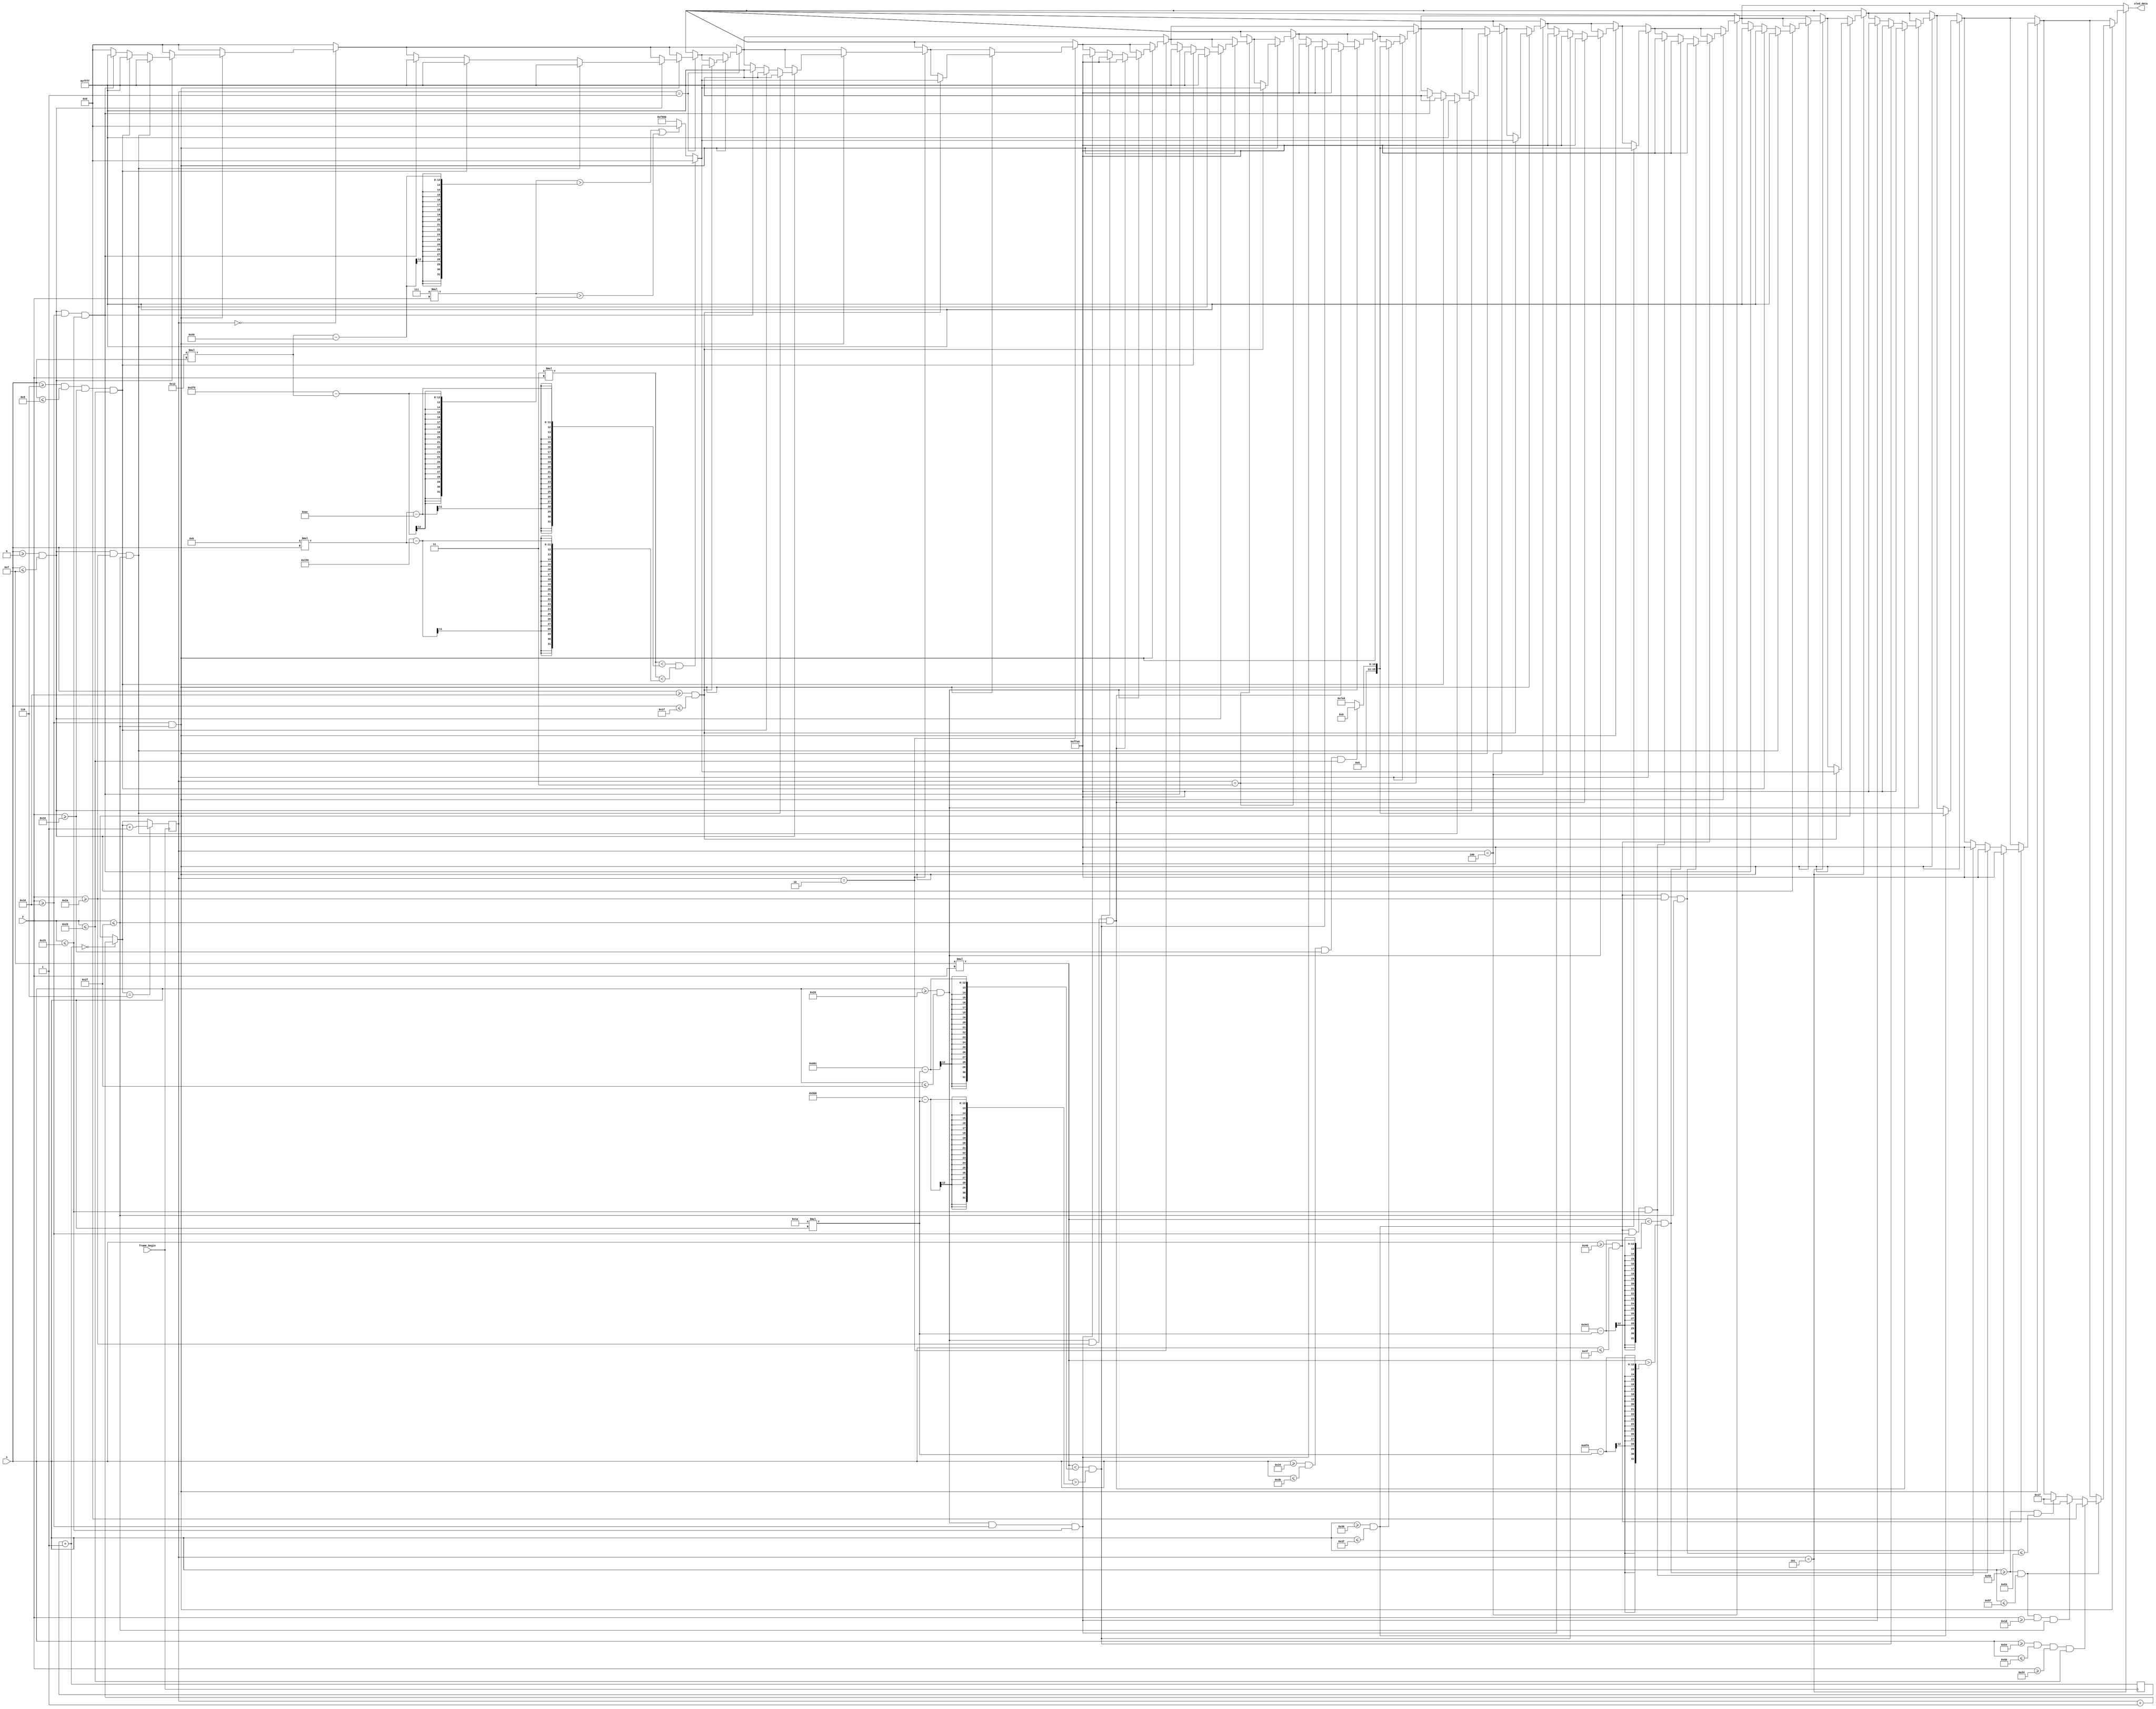
`timescale 1ns / 1ps
//////////////////////////////////////////////////////////////////////////////////
// Company: 
// Engineer: 
// 
// Design Name: 
// Module Name: frame_display
// Project Name: 
// Target Devices: 
// Tool Versions: 
// Description: 
// 
// Dependencies: 
// 
// Revision:
// Revision 0.01 - File Created
// Additional Comments:
// 
//////////////////////////////////////////////////////////////////////////////////


module frame_display(
    input frame_begin,
    input [6:0] x,
    input [5:0] y,
    output reg [15:0] oled_data
    );
    
    
    parameter [15:0] black_color = 16'h0000;
    parameter [15:0] white_color = 16'hFFFF;
    parameter [15:0] red_color = 16'hF800;
    parameter [15:0] green_color = 16'h07E0;
    parameter [15:0] blue_color = 16'h001F;
    parameter [15:0] yellow_color = 16'hFFE0;
    reg [6:0] counter = 0;
    reg [2:0] frames = 0;
    always @ (posedge frame_begin) begin
        counter = counter + 1;
        if (counter == 0) begin  
            frames = frames + 1;
        end
        if (frames == 6) begin
            frames = frames + 1;
        end
    end
    
    always @ (frames) begin
        oled_data = black_color;
        if (frames == 0) begin // I
            if (y >= 16 && y <=47)begin
                if (x >= 0 && x <= 15) begin            
                    if (x >= 0 && x <= 15 && y >= 16 && y <= 21)  begin
                        oled_data = white_color;
                    end
                    if (x >= 6 && x <= 9 && y >= 22 && y <= 41)  begin
                        oled_data = white_color;
                    end
                    if (x >= 0 && x <= 15 && y >= 42 && y <= 47)  begin
                        oled_data = white_color;
                    end              
                end
            end
        end
        
        if (frames == 1) begin
            if (y >= 16 && y <=47) begin // I
                if (x >= 0 && x <= 15) begin      
                    if (x >= 0 && x <= 15 && y >= 16 && y <= 21)  begin
                        oled_data = white_color;
                    end
                    if (x >= 6 && x <= 9 && y >= 22 && y <= 41)  begin
                        oled_data = white_color;
                    end
                    if (x >= 0 && x <= 15 && y >= 42 && y <= 47)  begin
                        oled_data = white_color;
                    end               
                end
            end
            if (y >= 16 && y <=47)begin // heart
                if (x >= 16 && x <= 31) begin
                    oled_data = red_color;
                    if ((7 * y > 18 * x - 85) || (7 * y > 761 - 18 * x)) begin
                        oled_data = black_color;
                    end
                    if ((3 * y < 11 * x - 172) && (3 * y < 345 - 11 * x)) begin
                        oled_data = black_color;
                    end
//                    if ((3 * y < 143 - 5 * x) || (3 * y < 5 * x - 92)) begin //68
//                        oled_data = black_color;
//                    end               
                end
            end
        end
        if (frames == 2) begin
            if (y >= 16 && y <=47) begin // I
                if (x >= 0 && x <= 15) begin      
                    if (x >= 0 && x <= 15 && y >= 16 && y <= 21)  begin
                        oled_data = white_color;
                    end
                    if (x >= 6 && x <= 9 && y >= 22 && y <= 41)  begin
                        oled_data = white_color;
                    end
                    if (x >= 0 && x <= 15 && y >= 42 && y <= 47)  begin
                        oled_data = white_color;
                    end               
                end
            end
            if (y >= 16 && y <=47)begin // heart
                if (x >= 16 && x <= 31) begin
                    oled_data = red_color;
                    if ((7 * y > 18 * x - 85) || (7 * y > 761 - 18 * x)) begin
                        oled_data = black_color;
                    end
                    if ((3 * y < 11 * x - 172) && (3 * y < 345 - 11 * x)) begin
                        oled_data = black_color;
                    end            
                end
            end
            if (y >= 16 && y <=47) begin // 2
                if (x >= 32 && x <= 47) begin      
                    if (x >= 32 && x <= 47 && y >= 16 && y <= 21)  begin
                        oled_data = yellow_color;
                    end
                    if ((15 * y < 1537 - 26 * x) && (15 * y > 1462 - 26 * x)) begin
                        oled_data = yellow_color;
                    end
                    if (x >= 32 && x <= 47 && y >= 42 && y <= 47)  begin
                        oled_data = yellow_color;
                    end               
                end
            end            
        end
        
        if (frames == 3) begin
            if (y >= 16 && y <=47) begin // I
                if (x >= 0 && x <= 15) begin      
                    if (x >= 0 && x <= 15 && y >= 16 && y <= 21)  begin
                        oled_data = white_color;
                    end
                    if (x >= 6 && x <= 9 && y >= 22 && y <= 41)  begin
                        oled_data = white_color;
                    end
                    if (x >= 0 && x <= 15 && y >= 42 && y <= 47)  begin
                        oled_data = white_color;
                    end               
                end
            end
            if (y >= 16 && y <=47)begin // heart
                if (x >= 16 && x <= 31) begin
                    oled_data = red_color;
                    if ((7 * y > 18 * x - 85) || (7 * y > 761 - 18 * x)) begin
                        oled_data = black_color;
                    end
                    if ((3 * y < 11 * x - 172) && (3 * y < 345 - 11 * x)) begin
                        oled_data = black_color;
                    end              
                end
            end
            if (y >= 16 && y <=47) begin // 2
                if (x >= 32 && x <= 47) begin      
                    if (x >= 32 && x <= 47 && y >= 16 && y <= 21)  begin
                        oled_data = yellow_color;
                    end
                    if ((15 * y < 1537 - 26 * x) && (15 * y > 1462 - 26 * x)) begin
                        oled_data = yellow_color;
                    end
                    if (x >= 32 && x <= 47 && y >= 42 && y <= 47)  begin
                        oled_data = yellow_color;
                    end               
                end
            end 
            if (y >= 16 && y <=47) begin // 0
                if (x >= 48 && x <= 63) begin
                    oled_data = green_color;   
                    if (x >= 52 && x <= 59 && y >= 22 && y <= 41)  begin
                        oled_data = black_color;
                    end              
                end
            end                        
        end
        
        if (frames == 4) begin
            if (y >= 16 && y <=47) begin // I
                if (x >= 0 && x <= 15) begin      
                    if (x >= 0 && x <= 15 && y >= 16 && y <= 21)  begin
                        oled_data = white_color;
                    end
                    if (x >= 6 && x <= 9 && y >= 22 && y <= 41)  begin
                        oled_data = white_color;
                    end
                    if (x >= 0 && x <= 15 && y >= 42 && y <= 47)  begin
                        oled_data = white_color;
                    end               
                end
            end
            if (y >= 16 && y <=47)begin // heart
                if (x >= 16 && x <= 31) begin
                    oled_data = red_color;
                    if ((7 * y > 18 * x - 85) || (7 * y > 761 - 18 * x)) begin
                        oled_data = black_color;
                    end
                    if ((3 * y < 11 * x - 172) && (3 * y < 345 - 11 * x)) begin
                        oled_data = black_color;
                    end              
                end
            end
            if (y >= 16 && y <=47) begin // 2
                if (x >= 32 && x <= 47) begin      
                    if (x >= 32 && x <= 47 && y >= 16 && y <= 21)  begin
                        oled_data = yellow_color;
                    end
                    if ((15 * y < 1537 - 26 * x) && (15 * y > 1462 - 26 * x)) begin
                        oled_data = yellow_color;
                    end
                    if (x >= 32 && x <= 47 && y >= 42 && y <= 47)  begin
                        oled_data = yellow_color;
                    end               
                end
            end 
            if (y >= 16 && y <=47) begin // 0
                if (x >= 48 && x <= 63) begin
                    oled_data = green_color;   
                    if (x >= 52 && x <= 59 && y >= 22 && y <= 41)  begin
                        oled_data = black_color;
                    end              
                end
            end
            if (y >= 16 && y <=47) begin // 2
                if (x >= 64 && x <= 79) begin      
                    if (x >= 64 && x <= 79 && y >= 16 && y <= 21)  begin
                        oled_data = yellow_color;
                    end
                    if ((15 * y < 2369 - 26 * x) && (15 * y > 2294 - 26 * x)) begin
                        oled_data = yellow_color;
                    end
                    if (x >= 64 && x <= 79 && y >= 42 && y <= 47)  begin
                        oled_data = yellow_color;
                    end               
                end
            end                               
        end

        if (frames == 5) begin
            if (y >= 16 && y <=47) begin // I
                if (x >= 0 && x <= 15) begin      
                    if (x >= 0 && x <= 15 && y >= 16 && y <= 21)  begin
                        oled_data = white_color;
                    end
                    if (x >= 6 && x <= 9 && y >= 22 && y <= 41)  begin
                        oled_data = white_color;
                    end
                    if (x >= 0 && x <= 15 && y >= 42 && y <= 47)  begin
                        oled_data = white_color;
                    end               
                end
            end
            if (y >= 16 && y <=47)begin // heart
                if (x >= 16 && x <= 31) begin
                    oled_data = red_color;
                    if ((7 * y > 18 * x - 85) || (7 * y > 761 - 18 * x)) begin
                        oled_data = black_color;
                    end
                    if ((3 * y < 11 * x - 172) && (3 * y < 345 - 11 * x)) begin
                        oled_data = black_color;
                    end               
                end
            end
            if (y >= 16 && y <=47) begin // 2
                if (x >= 32 && x <= 47) begin      
                    if (x >= 32 && x <= 47 && y >= 16 && y <= 21)  begin
                        oled_data = yellow_color;
                    end
                    if ((15 * y < 1537 - 26 * x) && (15 * y > 1462 - 26 * x)) begin
                        oled_data = yellow_color;
                    end
                    if (x >= 32 && x <= 47 && y >= 42 && y <= 47)  begin
                        oled_data = yellow_color;
                    end               
                end
            end 
            if (y >= 16 && y <=47) begin // 0
                if (x >= 48 && x <= 63) begin
                    oled_data = green_color;   
                    if (x >= 52 && x <= 59 && y >= 22 && y <= 41)  begin
                        oled_data = black_color;
                    end              
                end
            end
            if (y >= 16 && y <=47) begin // 2
                if (x >= 64 && x <= 79) begin      
                    if (x >= 64 && x <= 79 && y >= 16 && y <= 21)  begin
                        oled_data = yellow_color;
                    end
                    if ((15 * y < 2369 - 26 * x) && (15 * y > 2294 - 26 * x)) begin
                        oled_data = yellow_color;
                    end
                    if (x >= 64 && x <= 79 && y >= 42 && y <= 47)  begin
                        oled_data = yellow_color;
                    end               
                end
            end         
            if (y >= 16 && y <=47) begin // 6
                if (x >= 80 && x <= 95) begin      
                    if (x >= 80 && x <= 83) begin
                        oled_data = blue_color;
                    end
                    if (x >= 80 && x <= 95 && y >= 29 && y <= 47)  begin
                        oled_data = blue_color;
                    end         
                    if (x >= 84 && x <= 91 && y >= 36 && y <= 41)  begin
                        oled_data = black_color;
                    end       
                end
            end                        
        end    
             
    end
endmodule